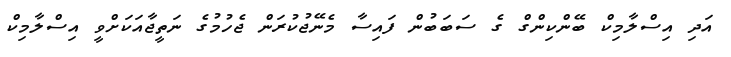
އަދި އިސްލާމިކް ބޭންކިންގް ގެ ސަބަބުން ފައިސާ މެނޭޖުކުރަން ޖެހުމުގެ ނަތީޖާއަކަށްވީ އިސްލާމިކް